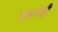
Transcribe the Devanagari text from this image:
दाबानेही